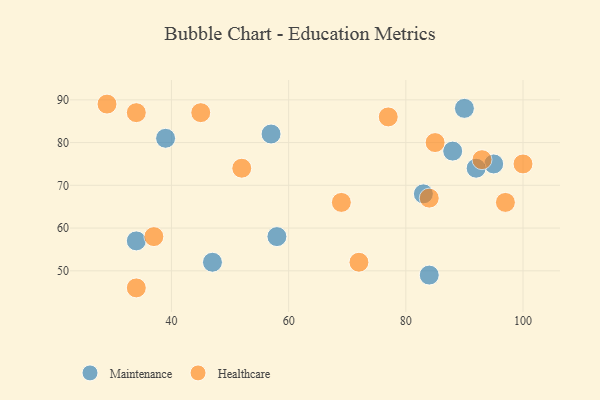
{"axis": {"x": "GDP", "y": "Life Expectancy"}, "legend": ["Healthcare", "Maintenance"], "data": [{"x": "95", "y": 75, "type": "Maintenance"}, {"x": "84", "y": 49, "type": "Maintenance"}, {"x": "57", "y": 82, "type": "Maintenance"}, {"x": "83", "y": 68, "type": "Maintenance"}, {"x": "88", "y": 78, "type": "Maintenance"}, {"x": "92", "y": 74, "type": "Maintenance"}, {"x": "34", "y": 57, "type": "Maintenance"}, {"x": "90", "y": 88, "type": "Maintenance"}, {"x": "39", "y": 81, "type": "Maintenance"}, {"x": "47", "y": 52, "type": "Maintenance"}, {"x": "58", "y": 58, "type": "Maintenance"}, {"x": "97", "y": 66, "type": "Healthcare"}, {"x": "34", "y": 87, "type": "Healthcare"}, {"x": "34", "y": 46, "type": "Healthcare"}, {"x": "52", "y": 74, "type": "Healthcare"}, {"x": "100", "y": 75, "type": "Healthcare"}, {"x": "84", "y": 67, "type": "Healthcare"}, {"x": "77", "y": 86, "type": "Healthcare"}, {"x": "45", "y": 87, "type": "Healthcare"}, {"x": "93", "y": 76, "type": "Healthcare"}, {"x": "37", "y": 58, "type": "Healthcare"}, {"x": "85", "y": 80, "type": "Healthcare"}, {"x": "29", "y": 89, "type": "Healthcare"}, {"x": "69", "y": 66, "type": "Healthcare"}, {"x": "72", "y": 52, "type": "Healthcare"}]}